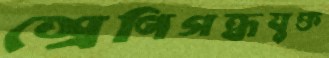
শ্রেণিগন্ধযুক্ত